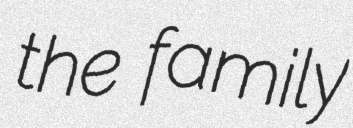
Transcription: the family